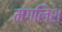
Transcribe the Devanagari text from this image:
मंगलिश